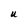
Character: U